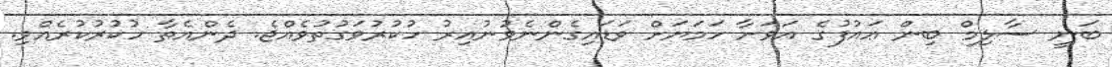
ބަނީ ސާލިމް ބިން ޢައުފުގެ އަވަށާ ހަމަޔަށް ވަޑައިގެންނެވުނުއިރު ހުކުރުވަގުތުވެއްޖެ. ދެންއެތާ ހުކުރުކުރެއްވި.